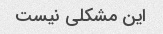
این مشکلی نیست